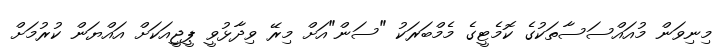
މިނިވަން މުއައްސަސާތަކުގެ ކޮމެޓީގެ މެމްބަރަކު "ސަން"އަށް މިރޭ ވިދާޅުވީ ޕީޖީއަކަށް އައްޔަން ކުރުމަށް